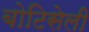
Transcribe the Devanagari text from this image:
बोटिसेली